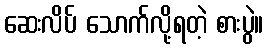
ဆေးလိပ် သောက်လို့ရတဲ့ စားပွဲ။